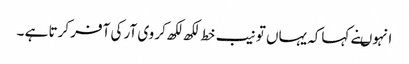
انہوںنے کہاکہ یہاں تو نیب خط لکھ لکھ کر وی آر کی آفر کرتا ہے ۔